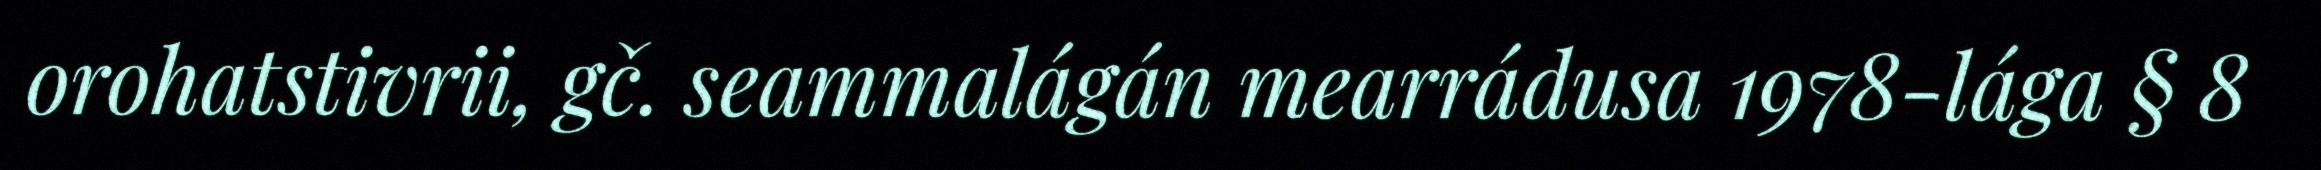
orohatstivrii, gč. seammalágán mearrádusa 1978-lága § 8